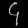
Digit: ၄